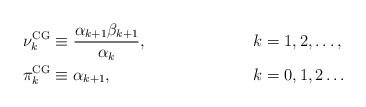
\begin{align*}\nu_k^{\rm CG} &\equiv \frac{\alpha_{k+1}\beta_{k+1}}{\alpha_k}, &&k=1,2,\ldots,\\\pi_k^{\rm CG} &\equiv \alpha_{k+1}, &&k=0,1,2\ldots \end{align*}